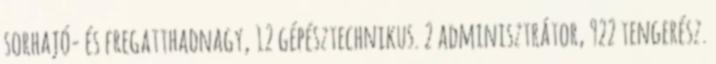
sorhajó- és fregatthadnagy, 12 gépésztechnikus. 2 adminisztrátor, 922 tengerész.